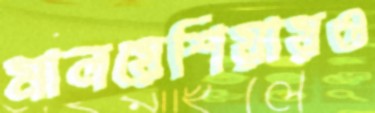
মালয়েশিয়ায়ও